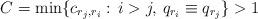
LaTeX: \begin{align*}C=\min\{c_{r_j,r_i}:\,i>j,\, q_{r_i}\equiv q_{r_j}\}>1\end{align*}